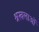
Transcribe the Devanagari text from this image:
श्रखलाओं